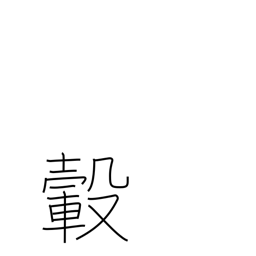
Meaning: hub (of wheel)